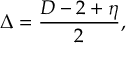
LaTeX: \Delta = { \frac { D - 2 + \eta } { 2 } } ,